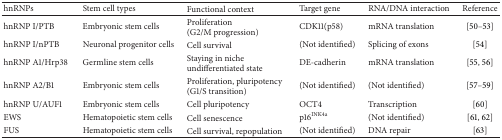
<table><thead><tr><td><b>hnRNPs</b></td><td><b>Stem cell types</b></td><td><b>Functional context</b></td><td><b>Target gene</b></td><td><b>RNA/DNA interaction</b></td><td><b>Reference</b></td></tr></thead><tbody><tr><td>hnRNP I/PTB</td><td>Embryonic stem cells</td><td>Proliferation (G2/M progression)</td><td>CDK11(p58)</td><td>mRNA translation</td><td>[50–53]</td></tr><tr><td>hnRNP I/nPTB </td><td>Neuronal progenitor cells</td><td>Cell survival</td><td>(Not identified)</td><td>Splicing of exons</td><td>[54]</td></tr><tr><td>hnRNP A1/Hrp38</td><td>Germline stem cells</td><td>Staying in niche undifferentiated state</td><td>DE-cadherin</td><td>mRNA translation</td><td>[55, 56]</td></tr><tr><td>hnRNP A2/B1</td><td>Embryonic stem cells</td><td>Proliferation, pluripotency (G1/S transition)</td><td>(Not identified)</td><td>(Not identified)</td><td>[57–59]</td></tr><tr><td>hnRNP U/AUF1</td><td>Embryonic stem cells</td><td>Cell pluripotency</td><td>OCT4</td><td>Transcription</td><td>[60]</td></tr><tr><td>EWS</td><td>Hematopoietic stem cells</td><td>Cell senescence </td><td>p16<sup>INK4a</sup></td><td>(Not identified)</td><td>[61, 62]</td></tr><tr><td>FUS</td><td>Hematopoietic stem cells</td><td>Cell survival, repopulation</td><td>(Not identified)</td><td>DNA repair</td><td>[63]</td></tr></tbody></table>